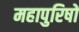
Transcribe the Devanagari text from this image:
महापुरिषों